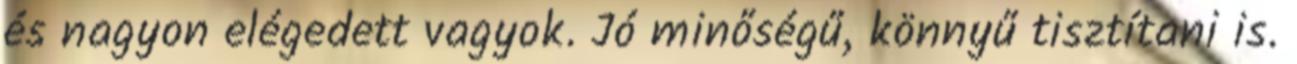
és nagyon elégedett vagyok. Jó minőségű, könnyű tisztítani is.